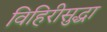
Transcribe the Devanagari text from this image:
विहिरीसुद्धा